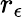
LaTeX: r_{\epsilon}